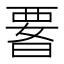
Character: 𭦫